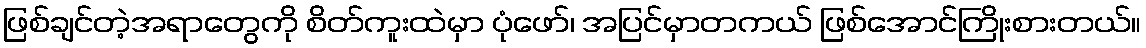
ဖြစ်ချင်တဲ့အရာတွေကို စိတ်ကူးထဲမှာ ပုံဖော်၊ အပြင်မှာတကယ် ဖြစ်အောင်ကြိုးစားတယ်။